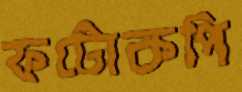
ফটোকপি